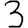
Digit: 3